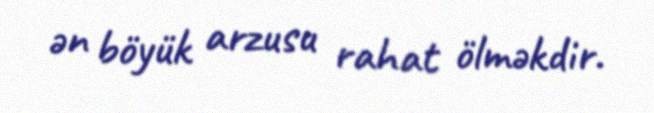
ən böyük arzusu rahat ölməkdir.